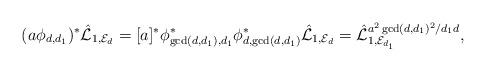
LaTeX: \begin{gather*} (a\phi_{d,d_1})^*\hat{\cal L}_{1,{\cal E}_d} = [a]^* \phi_{\gcd(d,d_1),d_1}^* \phi_{d,\gcd(d,d_1)}^*\hat{\cal L}_{1,{\cal E}_d} = \hat{\cal L}_{1,{\cal E}_{d_1}}^{a^2 \gcd(d,d_1)^2/d_1d}, \end{gather*}